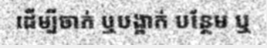
ដើម្បីចាក់ ឬបង្អាក់ បន្ថែម ឬ